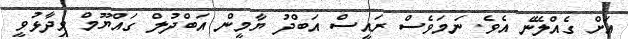
އަށް ގެއްލޭނެ އެވެ. ނަމަވެސް ރައީސް އަބްދު ޔާމީން އަބްދުލް ގައްޔޫމް ވިދާޅުވީ